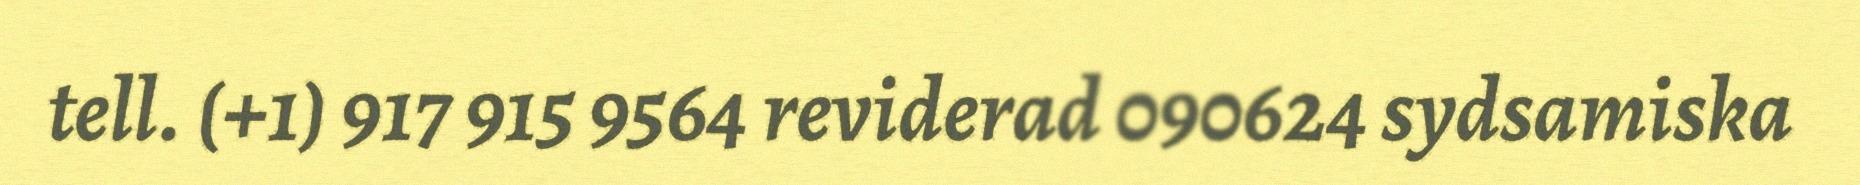
tell. (+1) 917 915 9564 reviderad 090624 sydsamiska